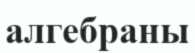
алгебраны